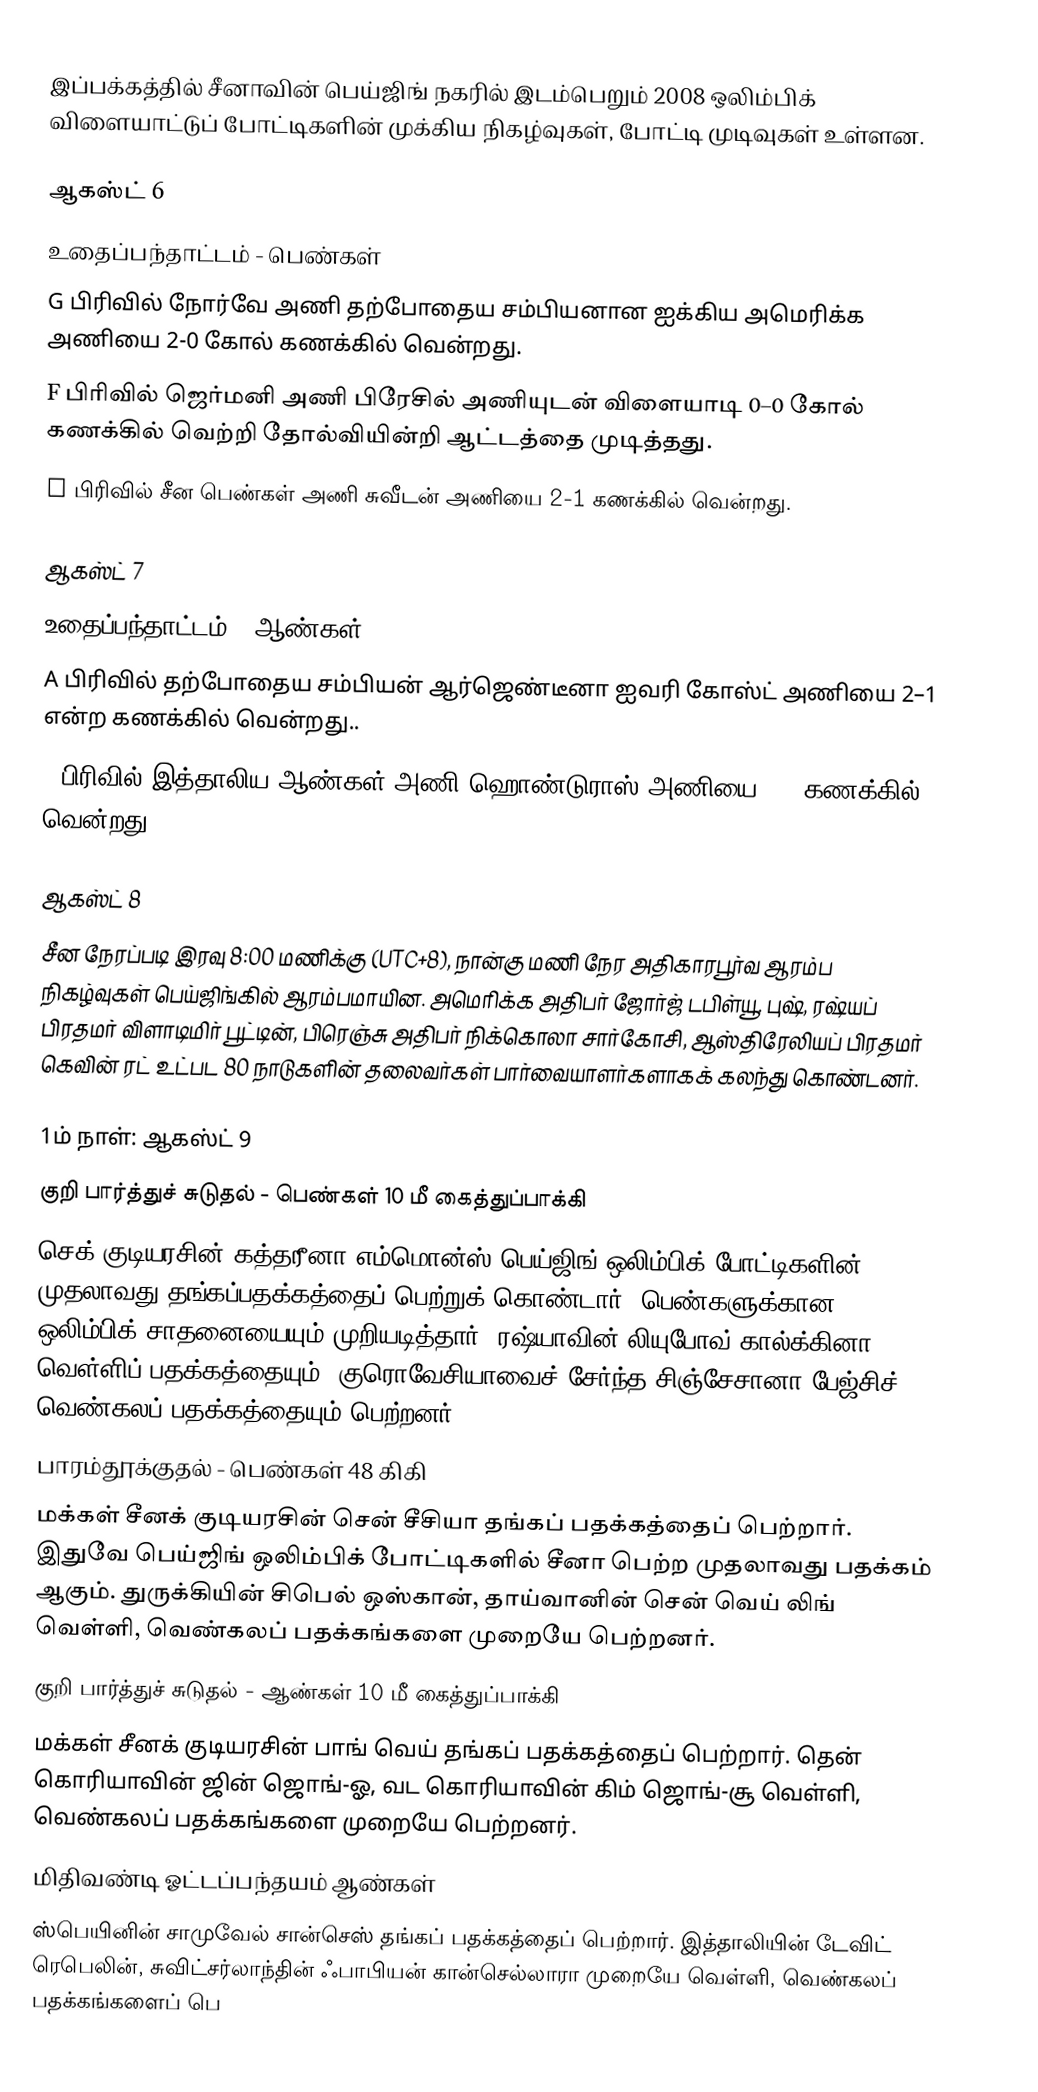
இப்பக்கத்தில் சீனாவின் பெய்ஜிங் நகரில் இடம்பெறும் 2008 ஒலிம்பிக் விளையாட்டுப் போட்டிகளின் முக்கிய நிகழ்வுகள், போட்டி முடிவுகள் உள்ளன.

ஆகஸ்ட் 6
உதைப்பந்தாட்டம் - பெண்கள்
G பிரிவில் நோர்வே அணி தற்போதைய சம்பியனான ஐக்கிய அமெரிக்க அணியை 2-0 கோல் கணக்கில் வென்றது.
F பிரிவில் ஜெர்மனி அணி பிரேசில் அணியுடன் விளையாடி 0–0 கோல் கணக்கில் வெற்றி தோல்வியின்றி ஆட்டத்தை முடித்தது.
E பிரிவில் சீன பெண்கள் அணி சுவீடன் அணியை 2-1 கணக்கில் வென்றது.

ஆகஸ்ட் 7
உதைப்பந்தாட்டம் - ஆண்கள்
A பிரிவில் தற்போதைய சம்பியன் ஆர்ஜெண்டீனா ஐவரி கோஸ்ட் அணியை 2–1 என்ற கணக்கில் வென்றது..
D பிரிவில் இத்தாலிய ஆண்கள் அணி ஹொண்டுராஸ் அணியை 3–0 கணக்கில் வென்றது.

ஆகஸ்ட் 8
சீன நேரப்படி இரவு 8:00 மணிக்கு (UTC+8), நான்கு மணி நேர அதிகாரபூர்வ ஆரம்ப நிகழ்வுகள் பெய்ஜிங்கில் ஆரம்பமாயின. அமெரிக்க அதிபர் ஜோர்ஜ் டபிள்யூ. புஷ், ரஷ்யப் பிரதமர் விளாடிமிர் பூட்டின், பிரெஞ்சு அதிபர் நிக்கொலா சார்கோசி, ஆஸ்திரேலியப் பிரதமர் கெவின் ரட் உட்பட 80 நாடுகளின் தலைவர்கள் பார்வையாளர்களாகக் கலந்து கொண்டனர்.

1ம் நாள்: ஆகஸ்ட் 9
குறி பார்த்துச் சுடுதல் - பெண்கள் 10 மீ கைத்துப்பாக்கி
செக் குடியரசின் கத்தரீனா எம்மொன்ஸ் பெய்ஜிங் ஒலிம்பிக் போட்டிகளின் முதலாவது தங்கப்பதக்கத்தைப் பெற்றுக் கொண்டார். பெண்களுக்கான ஒலிம்பிக் சாதனையையும் முறியடித்தார். ரஷ்யாவின் லியுபோவ் கால்க்கினா வெள்ளிப் பதக்கத்தையும், குரொவேசியாவைச் சேர்ந்த சிஞ்சேசானா பேஜ்சிச் வெண்கலப் பதக்கத்தையும் பெற்றனர்.
பாரம்தூக்குதல் - பெண்கள் 48 கிகி
மக்கள் சீனக் குடியரசின் சென் சீசியா தங்கப் பதக்கத்தைப் பெற்றார். இதுவே பெய்ஜிங் ஒலிம்பிக் போட்டிகளில் சீனா பெற்ற முதலாவது பதக்கம் ஆகும். துருக்கியின் சிபெல் ஒஸ்கான், தாய்வானின் சென் வெய் லிங் வெள்ளி, வெண்கலப் பதக்கங்களை முறையே பெற்றனர்.
குறி பார்த்துச் சுடுதல் - ஆண்கள் 10 மீ கைத்துப்பாக்கி
மக்கள் சீனக் குடியரசின் பாங் வெய் தங்கப் பதக்கத்தைப் பெற்றார். தென் கொரியாவின் ஜின் ஜொங்-ஓ, வட கொரியாவின் கிம் ஜொங்-சூ வெள்ளி, வெண்கலப் பதக்கங்களை முறையே பெற்றனர்.
மிதிவண்டி ஓட்டப்பந்தயம் ஆண்கள்
ஸ்பெயினின் சாமுவேல் சான்செஸ் தங்கப் பதக்கத்தைப் பெற்றார். இத்தாலியின் டேவிட் ரெபெலின், சுவிட்சர்லாந்தின் ஃபாபியன் கான்செல்லாரா முறையே வெள்ளி, வெண்கலப் பதக்கங்களைப் பெ